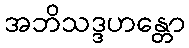
အဘိသဒ္ဒဟန္တော